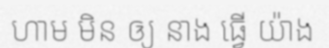
ហាម មិន ឲ្យ នាង ធ្វើ យ៉ាង